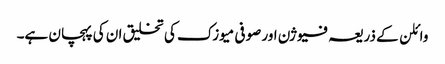
وائلن کے ذریعہ فیوژن اور صوفی میوزک کی تخلیق ان کی پہچان ہے۔